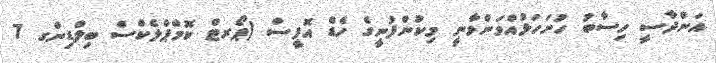
އަންދާސީ ހިސާބު ހުށަހަޅުއްވަންވާނީ މިކުންފުނީގެ ހެޑް އޮފީސް (ޕޯރޓް ކޮމްޕްލެކްސް ބިލްޑިންގ 7